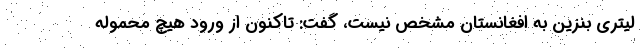
لیتری بنزین به افغانستان مشخص نیست، گفت: تاکنون از ورود هیچ محموله